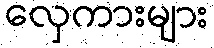
လှေကားများ